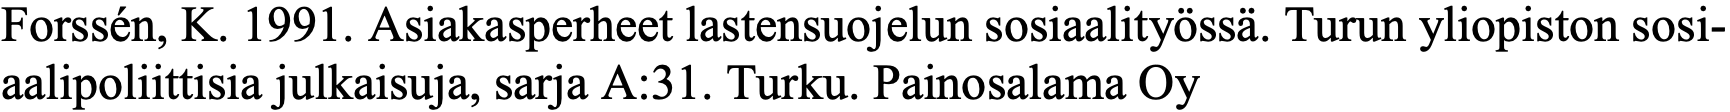
Forssén, K. 1991. Asiakasperheet lastensuojelun sosiaalityössä. Turun yliopiston sosi- aalipoliittisia julkaisuja, sarja A:31. Turku. Painosalama Oy